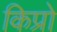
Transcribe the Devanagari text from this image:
किप्रो